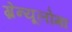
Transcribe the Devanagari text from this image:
ग्रेन्यूलोमा